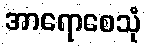
အာရောစေသုံ